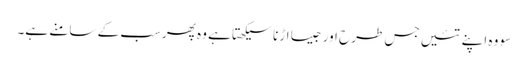
سو وہ اپنے تئیں جس طرح اور جیسا اڑنا سیکھتا ہے وہ پھرسب کے سامنے ہے۔